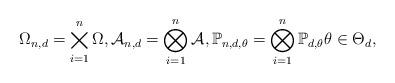
LaTeX: \begin{align*}\Omega_{n, d} = \bigtimes_{i = 1}^n \Omega, \mathcal{A}_{n,d} = \bigotimes_{i = 1}^n \mathcal{A}, \mathbb{P}_{n, d, \theta} = \bigotimes_{i = 1}^n \mathbb{P}_{d, \theta} \theta \in \Theta_d,\end{align*}